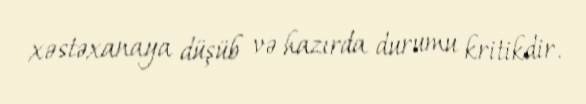
xəstəxanaya düşüb və hazırda durumu kritikdir.